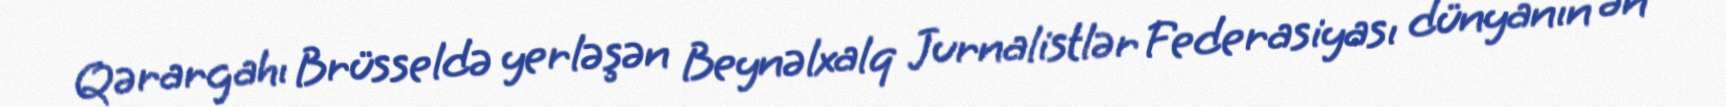
Qərargahı Brüsseldə yerləşən Beynəlxalq Jurnalistlər Federasiyası dünyanın ən